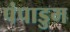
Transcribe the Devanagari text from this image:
पंपाडुम